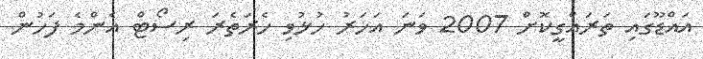
އައްޑޫގައި ތަރައްގީކޮށް 2007 ވަނަ އަހަރު ހުޅުވި ހެރަތެރަ ރިސޯޓް އެންމެ ފަހުން